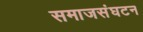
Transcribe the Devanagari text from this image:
समाजसंघटन